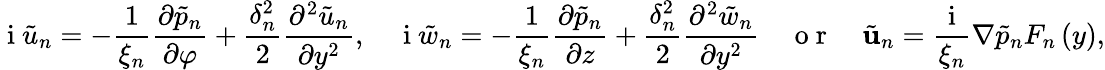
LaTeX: \mathrm{~i~}\tilde{u}_{n}=-\frac{1}{\xi_{n}}\frac{\partial\tilde{p}_{n}}{\partial\varphi}+\frac{\delta_{n}^{2}}{2}\frac{\partial^{2}\tilde{u}_{n}}{\partial y^{2}},\ \ \ \ \mathrm{~i~}\tilde{w}_{n}=-\frac{1}{\xi_{n}}\frac{\partial\tilde{p}_{n}}{\partial z}+\frac{\delta_{n}^{2}}{2}\frac{\partial^{2}\tilde{w}_{n}}{\partial y^{2}}\ \ \ \ \mathrm{~o~r~}\ \ \ \ \tilde{\mathbf{u}}_{n}=\frac{\mathrm{~i~}}{\xi_{n}}\nabla\tilde{p}_{n}F_{n}\left(y\right),